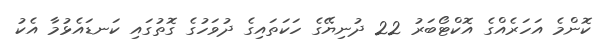
ކޮންމެ އަހަރެއްގެ އޮކްޓޯބަރު 22 ދުނިޔޭގެ ހަކަތައިގެ ދުވަހުގެ ގޮތުގައި ކަނޑައެޅުމާ އެކު